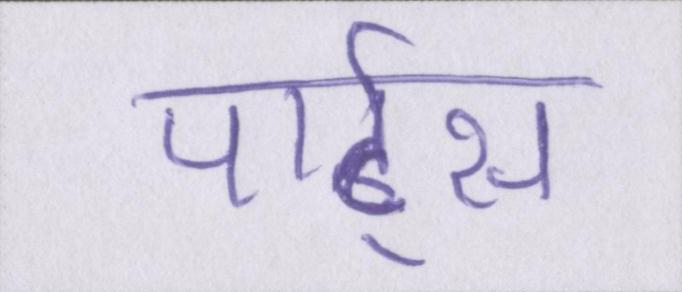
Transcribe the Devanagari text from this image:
पार्ट्स